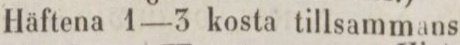
Häftena 1—3 kosta tillsammans 3: 50.